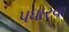
પધારવા